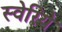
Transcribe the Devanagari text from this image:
स्वेरिये